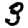
Digit: 3